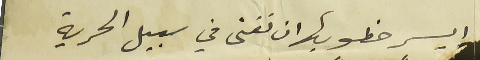
ايسر خطوبها ان تفنى في سبيل الحرية